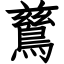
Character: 鶿